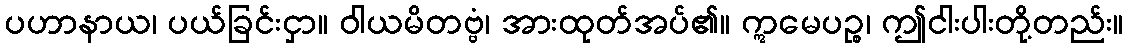
ပဟာနာယ၊ ပယ်ခြင်းငှာ။ ဝါယမိတဗ္ဗံ၊ အားထုတ်အပ်၏။ ဣမေပဉ္စ၊ ဤငါးပါးတို့တည်း။